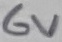
Text: 6V